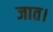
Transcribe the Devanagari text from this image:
जात।